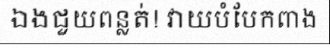
ឯងជួយពន្លត់! វាយបំបែកពាង